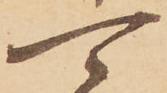
可